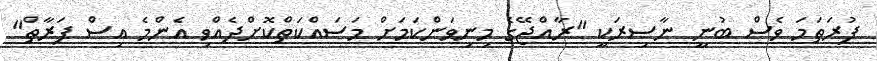
ފުރަތަމަ ވެސް ބުނީ ނާސިރަކީ "ރާއްޖޭގެ މިނިވަންކަމަށް މަސައްކަތްކޮށްދެއްވި އެންމެ އިސް ފަރާތް"